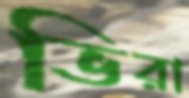
ভিরা